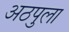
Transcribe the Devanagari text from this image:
अठपुला